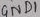
Text: GND1